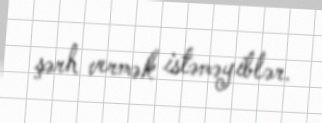
şərh vermək istəməyiblər.